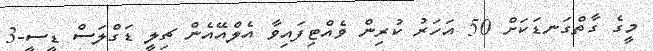
މީގެ ގާތްގަނޑަކަށް 50 އަހަރު ކުރިން ވެއްޓިފައިވާ އެލްއޭއެން ޗިލީ ޑަގްލަސް ޑީސީ-3